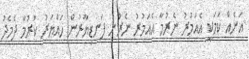
އަނެއް ކަމަކީ އެއަމުރު ނެރުމާ އެއަމުރު ނެރުނު ފަނޑިޔާރުން ހައްޔަރު ކުރުމާ ދެމެދު